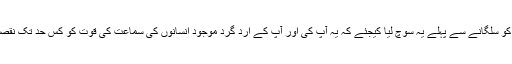
ایک نئے سگریٹ کو سلگانے سے پہلے یہ سوچ لیا کیجئے کہ یہ آپ کی اور آپ کے ارد گرد موجود انسانوں کی سماعت کی قوت کو کس حد تک نقصان پہنچا سکتا ہے۔